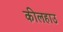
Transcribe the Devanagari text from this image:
कीलहाउ